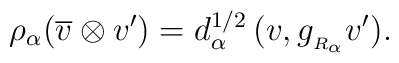
\rho_\alpha(\overline{v}\otimes v')= d_\alpha^{1/2}\,(v,g_{_{R_\alpha}} v').